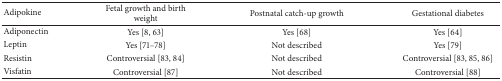
| Adipokine | Fetal growth and birth weight | Postnatal catch-up growth | Gestational diabetes |
 | --- | --- | --- | --- |
 | Adiponectin | Yes [8, 63] | Yes [68] | Yes [64] |
 | Leptin | Yes [71–78] | Not described | Yes [79] |
 | Resistin | Controversial [83, 84] | Not described | Controversial [83, 85, 86] |
 | Visfatin | Controversial [87] | Not described | Controversial [88] |